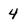
Character: 4